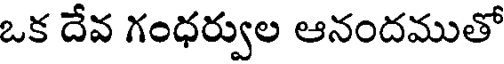
ఒక దేవ గంధర్వుల ఆనందముతో